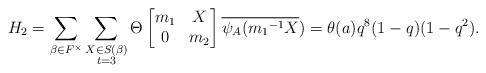
LaTeX: \begin{align*} H_2=\displaystyle \sum_{\beta \in F^{\times}} \sum_{\substack{X\in S(\beta) \\ t=3 }}\Theta \begin{bmatrix} m_1 & X\\0 & m_2\end{bmatrix}\overline{\psi_A({m_1}^{-1}X})=\theta(a)q^8(1-q)(1-q^2).\end{align*}